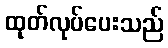
ထုတ်လုပ်ပေးသည်